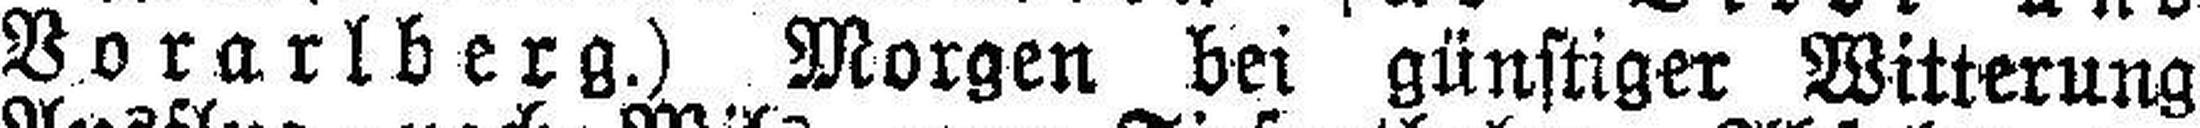
Vorarlberg.) Morgen bei günstiger Witterung